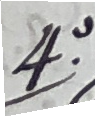
4. zu Oberhofen in dem einten haus abe er mit dem